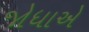
જોધાએ